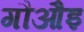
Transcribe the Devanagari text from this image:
गौऔइ